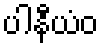
ပါနီယံဝ